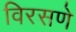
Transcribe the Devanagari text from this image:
विरसणे